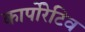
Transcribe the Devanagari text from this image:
कार्पोरेटिव